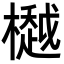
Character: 𣜀